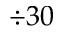
\div 3 0 \nobreakspace